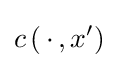
c\left(\,\cdot \,,x^{\prime }\right)